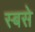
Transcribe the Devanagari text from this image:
स्बसे